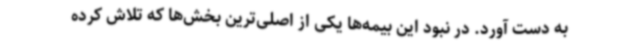
به دست آورد. در نبود این بیمه‌ها یکی از اصلی‌ترین بخش‌ها که تلاش کرده